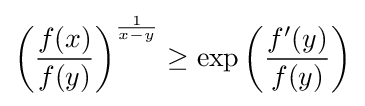
\left({\frac {f(x)}{f(y)}}\right)^{\frac {1}{x-y}}\geq \exp \left({\frac {f'(y)}{f(y)}}\right)